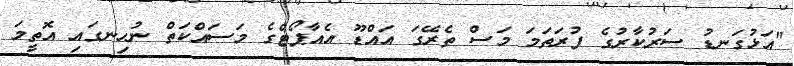
"އަޅުގަނޑު ސަރުކާރުގެ ފުރަތަމަ މަސް ތެރޭގަ އައްޑޫ އެއާޕޯޓްގެ މަސައްކަތް ނުހިނގައި އޮތީމަ